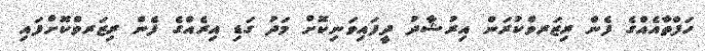
ހަފްތާއެއްގެ ފެން ރިޒަރވްކުރަން އިރުޝާދު ދީފައިވަނިކޮށް މަދު ގަޑި އިރެއްގެ ފެން ރިޒަރވްކޮށްފައި